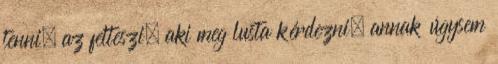
tenni, az felteszi; aki meg lusta kérdezni, annak úgysem